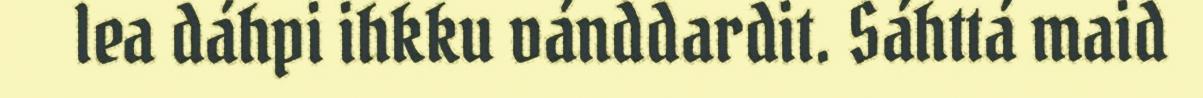
lea dáhpi ihkku vánddardit. Sáhttá maid